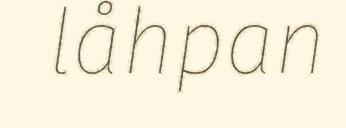
låhpan